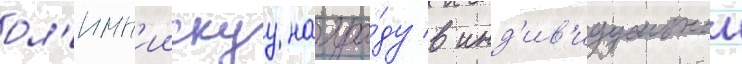
ол'имп'иискуу награ́ду в инд'ив'идуальнои